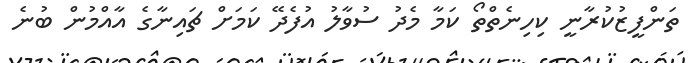
ތަންފީޒުކުރާނީ ކިހިނެތްތޯ ކަމާ މެދު ސުވާލު އުފެދޭ ކަމަށް ޗައިނާގެ އާއްމުން ބުނެ